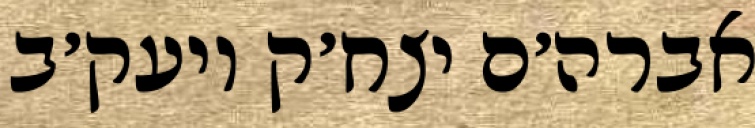
אברה׳ם יצח׳ק ויעק׳ב